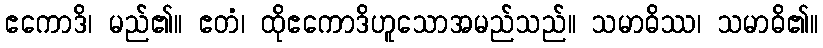
ဧကောဒိ၊ မည်၏။ ဧတံ၊ ထိုဧကောဒိဟူသောအမည်သည်။ သမာဓိဿ၊ သမာဓိ၏။